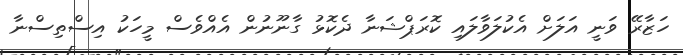
ހަޒާރޭ ވަނީ އަލަށް އެކުލަވާލައި ކޮރަޕްޝަނާ ދެކޮޅު ގާނޫނުން އެއްވެސް މީހަކު އިސްތިސްނާ